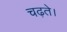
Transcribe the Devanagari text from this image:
चढ़ते।